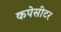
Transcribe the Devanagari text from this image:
कपेसीटर